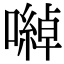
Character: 𡁇